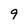
Character: 9